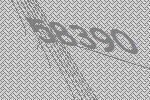
58390